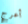
أعرج